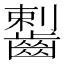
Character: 𪘼